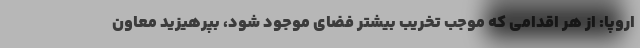
اروپا: از هر اقدامی که موجب تخریب بیشتر فضای موجود شود، بپرهیزید معاون